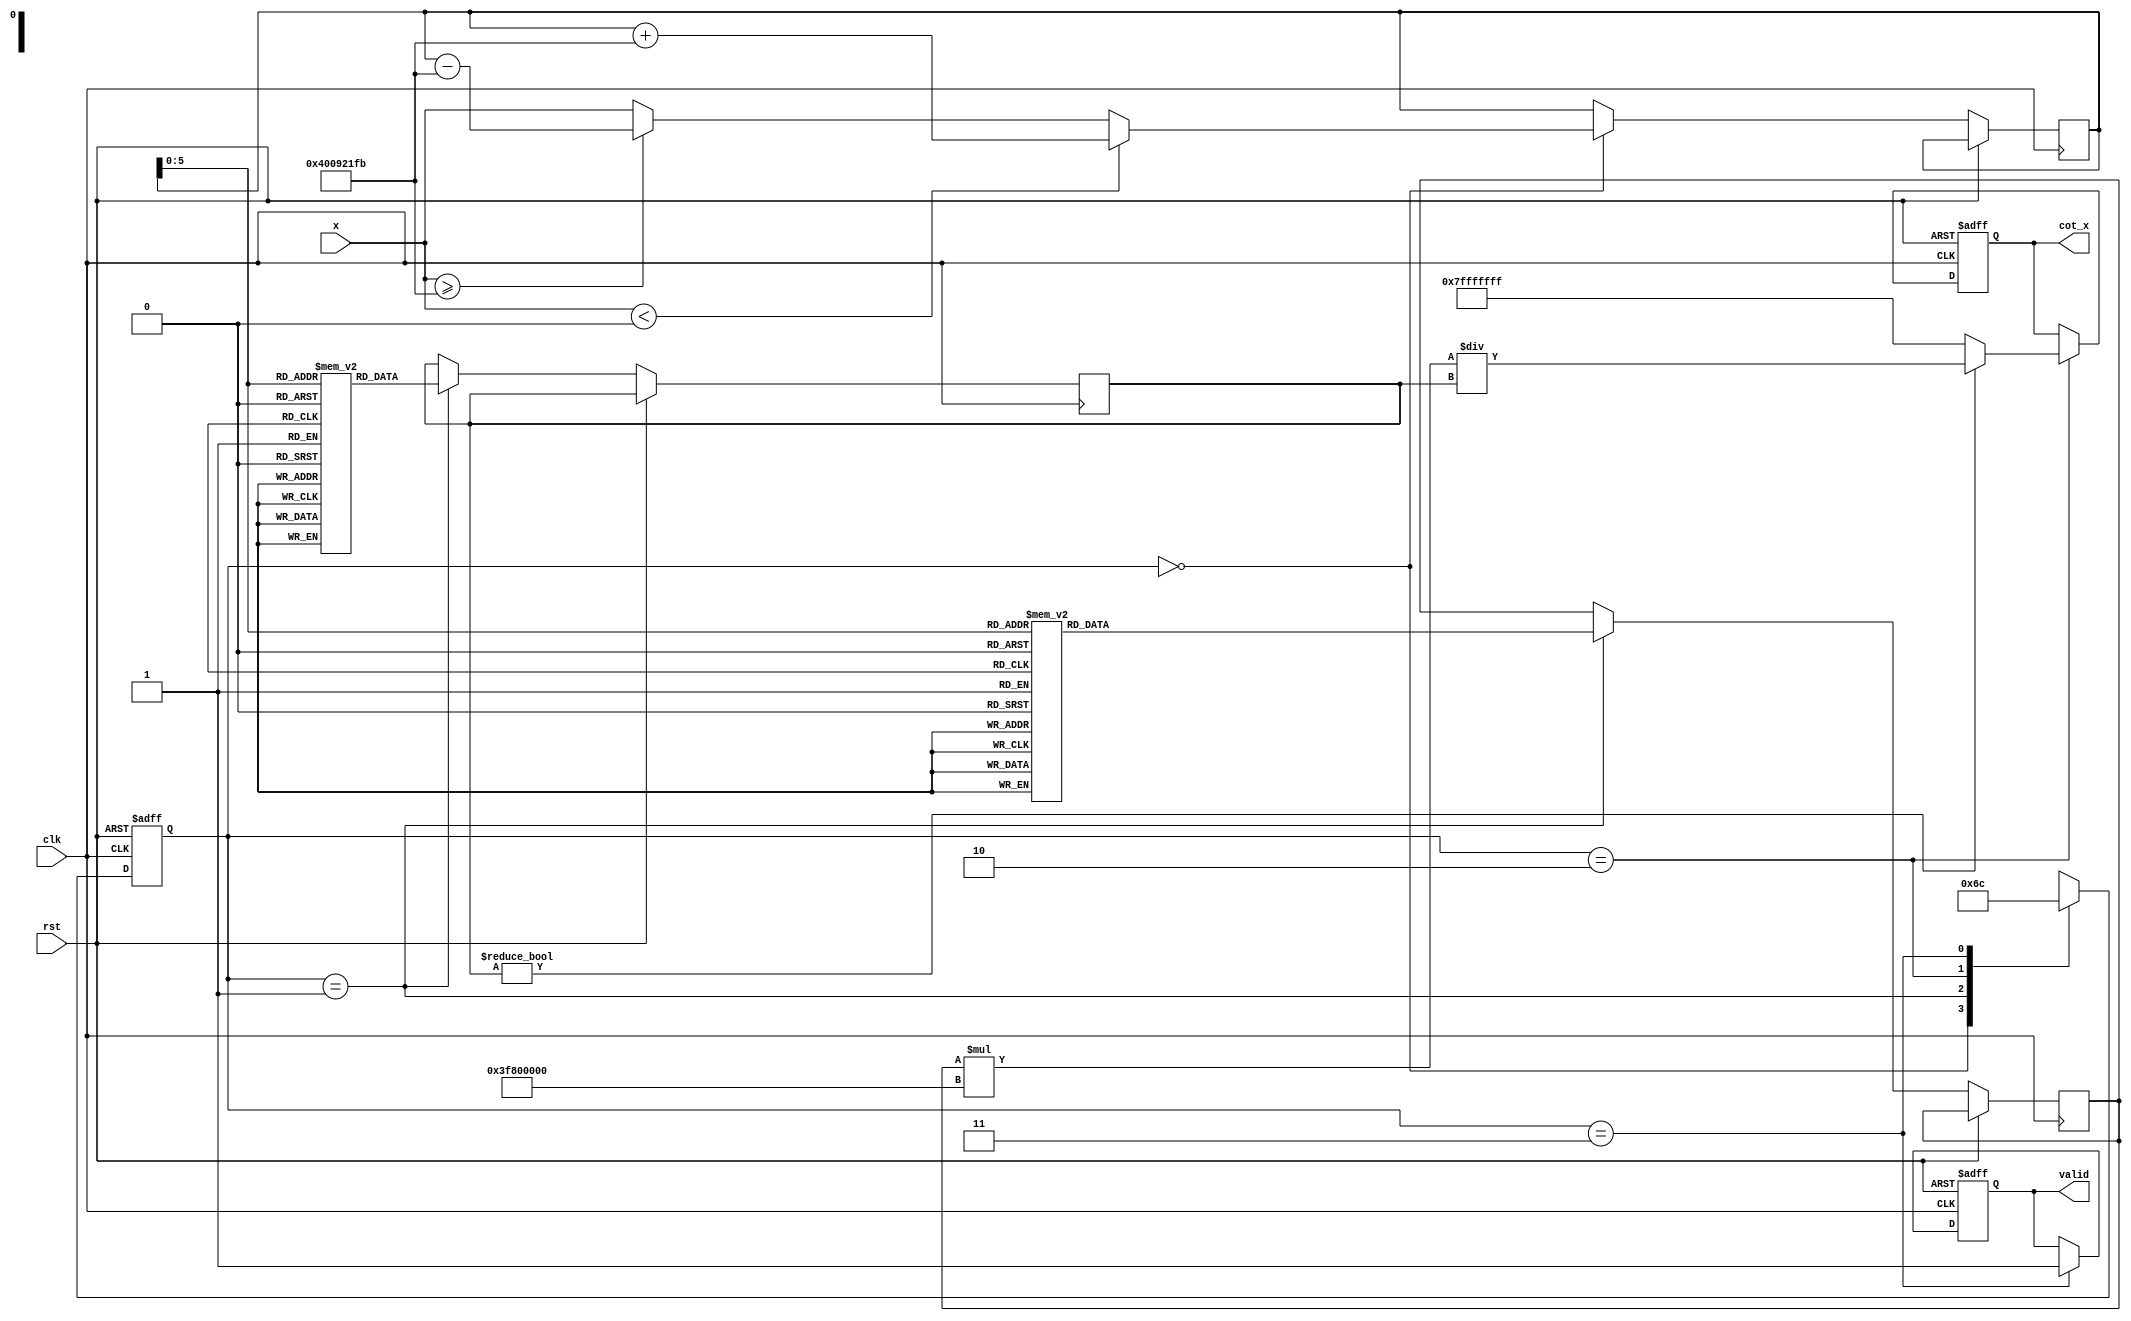
module cotangent (
    input wire [31:0] x,         // Input angle in radians (fixed-point representation)
    input wire clk,              // Clock signal
    input wire rst,              // Reset signal
    output reg [31:0] cot_x,     // Output cotangent value
    output reg valid             // Output valid signal
);

    // Constants for angle normalization
    localparam PI = 32'h3F490FDB; // Approx. 3.14159265 in fixed-point
    localparam TWO_PI = 32'h400921FB; // Approx. 2 * PI in fixed-point

    // Internal signals
    reg [31:0] normalized_angle;
    reg [31:0] sin_x, cos_x;
    reg [1:0] state;

    // State encoding
    localparam IDLE = 2'b00,
               NORM = 2'b01,
               CALC = 2'b10,
               DONE = 2'b11;

    // Sine and Cosine lookup tables (simplified for demonstration)
    reg [31:0] sin_lut [0:63]; // 64-entry LUT for sine values
    reg [31:0] cos_lut [0:63]; // 64-entry LUT for cosine values

    initial begin
        // Initialize sine and cosine lookup tables (values should be pre-calculated)
        // For example, sin(0), sin(/32), ..., sin(2)
        // Populate sin_lut and cos_lut with appropriate fixed-point values
        // Example values (these should be filled with actual sine and cosine values)
        sin_lut[0] = 32'h00000000; // sin(0)
        cos_lut[0] = 32'h3F800000; // cos(0) = 1
        // Add more entries...
    end

    // Angle normalization
    always @(posedge clk or posedge rst) begin
        if (rst) begin
            state <= IDLE;
            cot_x <= 32'h00000000;
            valid <= 0;
        end else begin
            case (state)
                IDLE: begin
                    // Start normalization
                    normalized_angle <= x;
                    if (x < 0) begin
                        normalized_angle <= normalized_angle + TWO_PI; // Normalize to [0, 2]
                    end else if (x >= TWO_PI) begin
                        normalized_angle <= normalized_angle - TWO_PI; // Normalize to [0, 2]
                    end
                    state <= NORM;
                end

                NORM: begin
                    // Calculate sine and cosine from lookup table
                    // Assuming normalized_angle is in [0, 2] and scaled to [0, 63]
                    sin_x <= sin_lut[normalized_angle[5:0]];
                    cos_x <= cos_lut[normalized_angle[5:0]];
                    state <= CALC;
                end

                CALC: begin
                    // Check for division by zero
                    if (sin_x != 0) begin
                        cot_x <= (cos_x * 32'h3F800000) / sin_x; // Multiply by 1 (fixed-point representation)
                    end else begin
                        cot_x <= 32'h7FFFFFFF; // Return max value to indicate undefined
                    end
                    state <= DONE;
                end

                DONE: begin
                    valid <= 1; // Indicate output is valid
                    state <= IDLE; // Go back to IDLE
                end
            endcase
        end
    end

endmodule